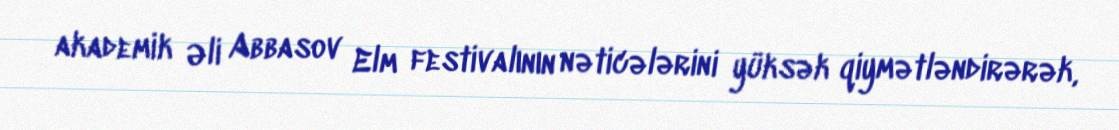
akademik Əli Abbasov Elm festivalının nəticələrini yüksək qiymətləndirərək,